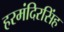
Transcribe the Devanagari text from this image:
हरमंदिरसिंह